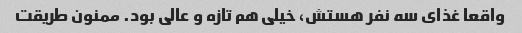
واقعا غذای سه نفر هستش، خیلی هم تازه و عالی بود. ممنون طریقت